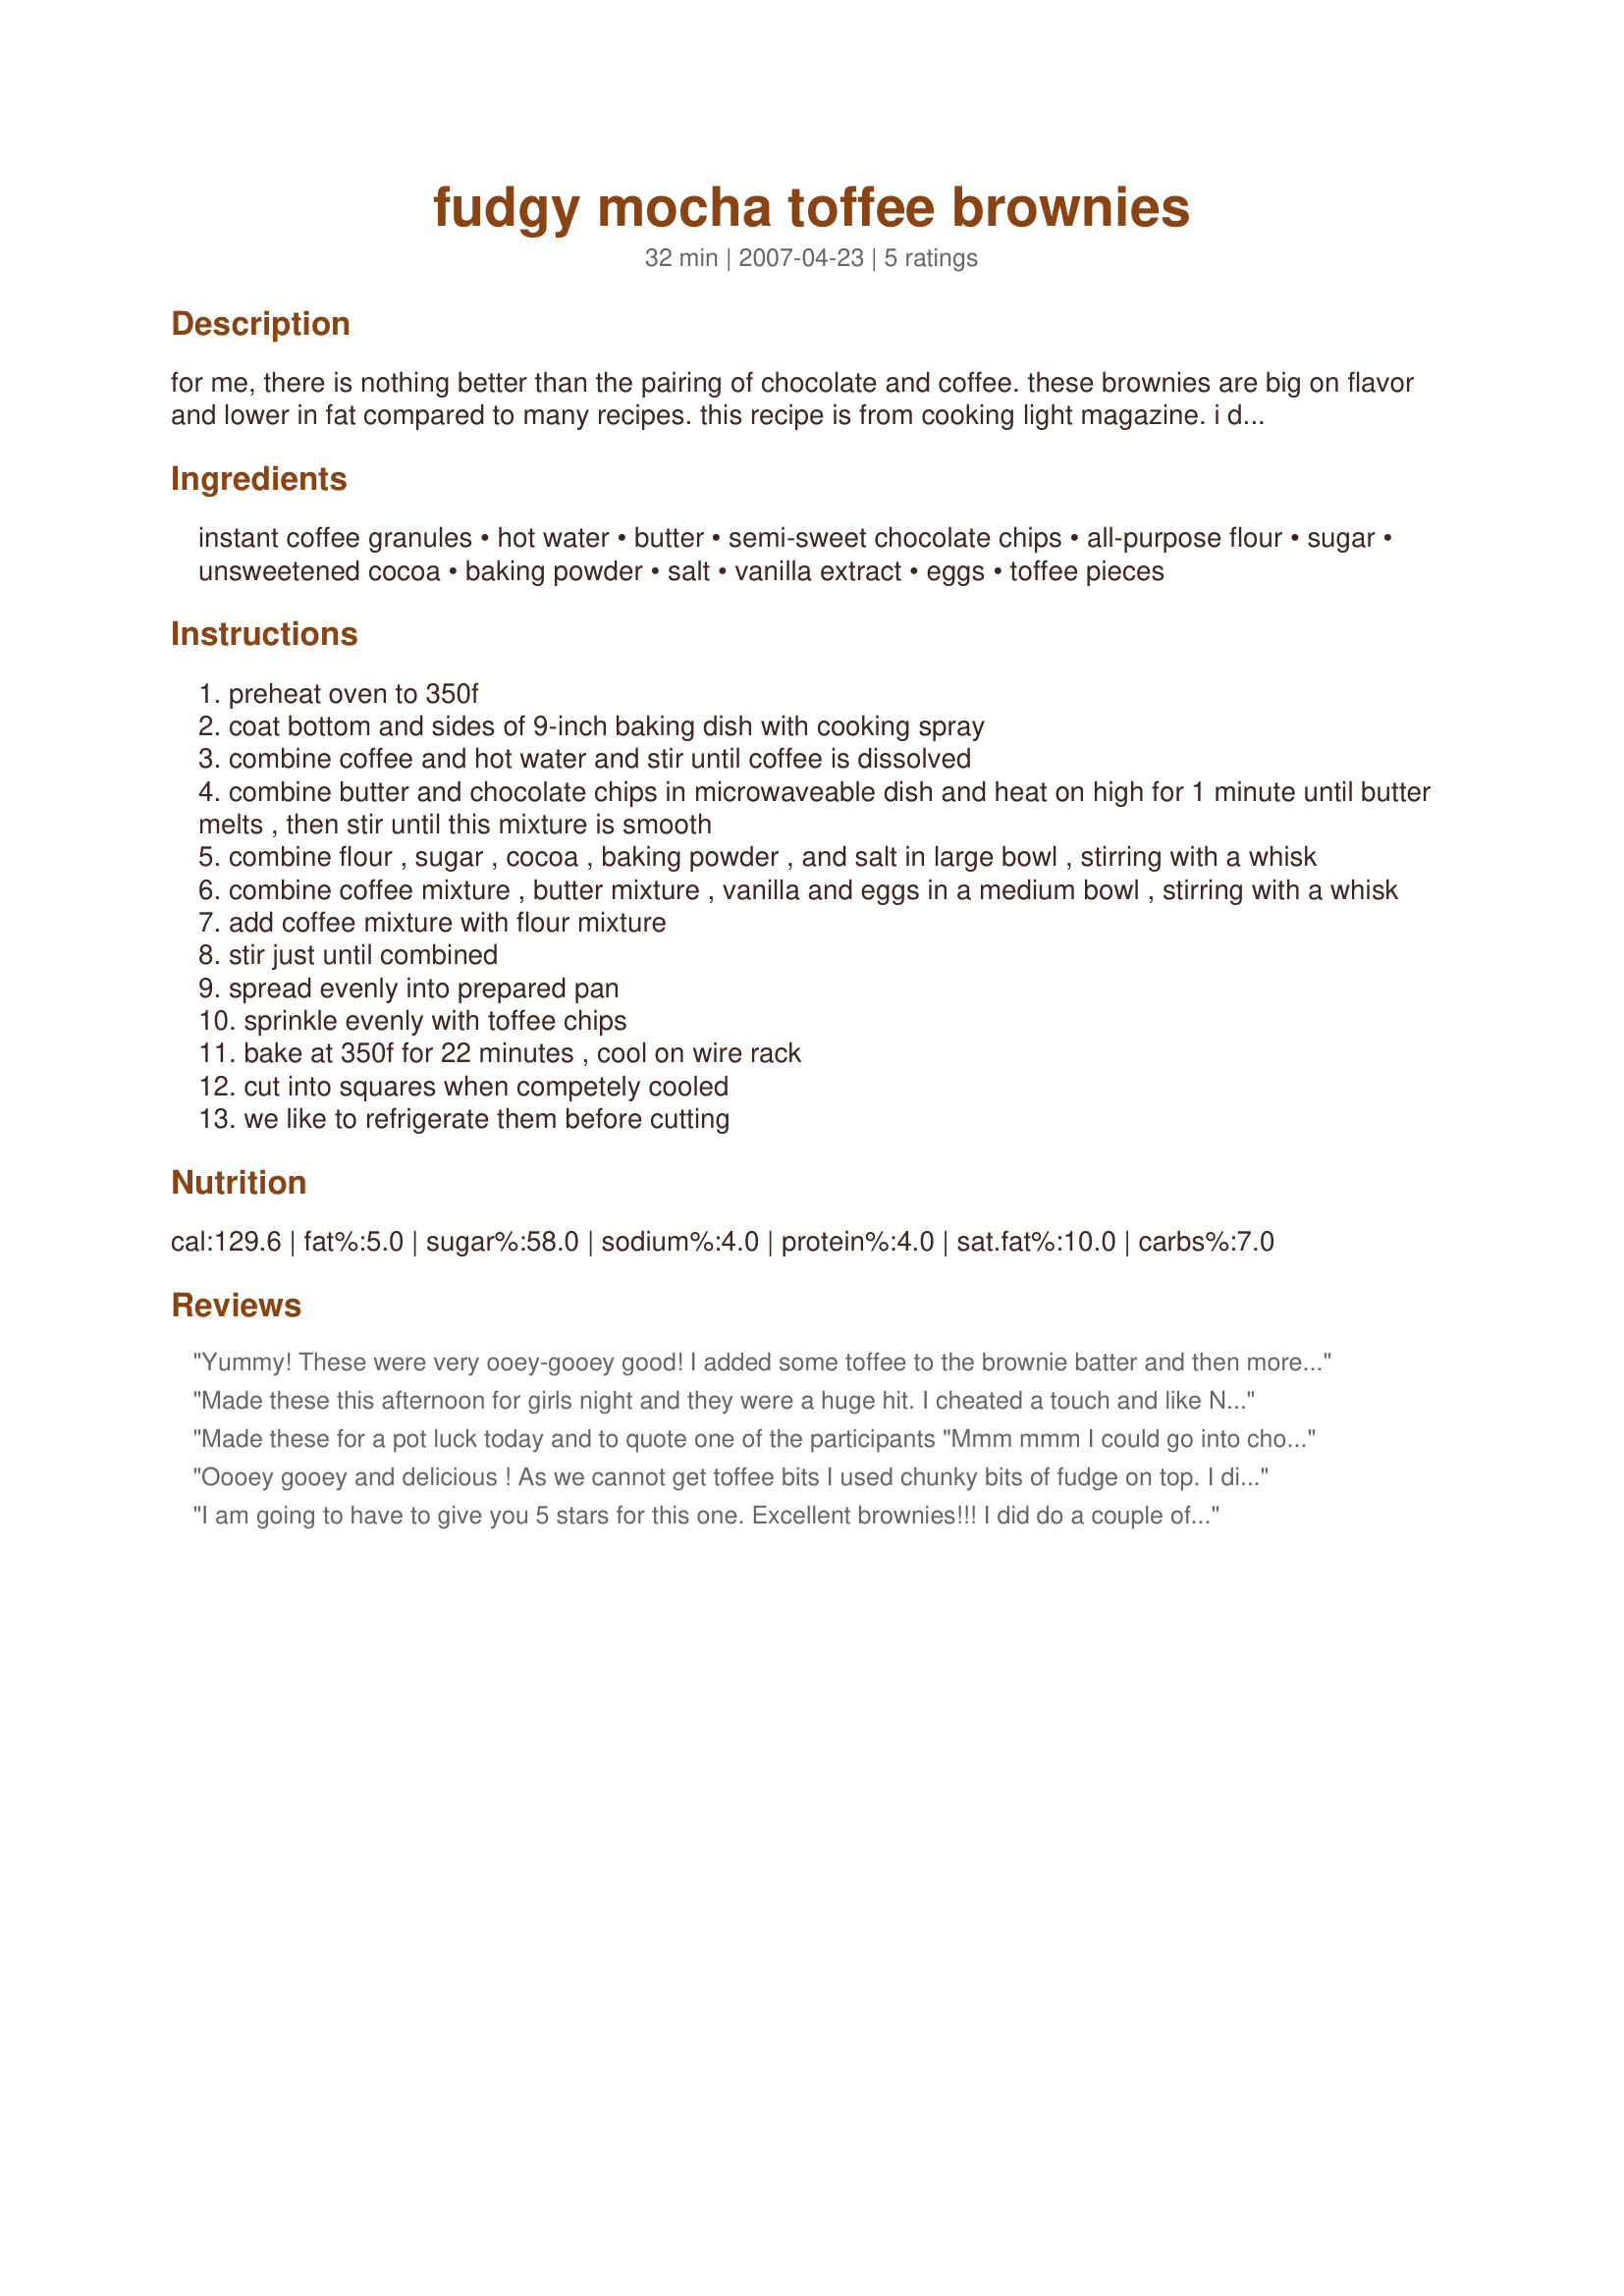
fudgy mocha toffee brownies
Preparation time: 32 minutes

for me, there is nothing better than the pairing of chocolate and coffee. these brownies are big on flavor and lower in fat compared to many recipes. this recipe is from cooking light magazine. i don't know the issue or date.

Ingredients:
instant coffee granules, hot water, butter, semi-sweet chocolate chips, all-purpose flour, sugar, unsweetened cocoa, baking powder, salt, vanilla extract, eggs, toffee pieces

Steps:
preheat oven to 350f
coat bottom and sides of 9-inch baking dish with cooking spray
combine coffee and hot water and stir until coffee is dissolved
combine butter and chocolate chips in microwaveable dish and heat on high for 1 minute until butter melts , then stir until this mixture is smooth
combine flour , sugar , cocoa , baking powder , and salt in large bowl , stirring with a whisk
combine coffee mixture , butter mixture , vanilla and eggs in a medium bowl , stirring with a whisk
add coffee mixture with flour mixture
stir just until combined
spread evenly into prepared pan
sprinkle evenly with toffee chips
bake at 350f for 22 minutes , cool on wire rack
cut into squares when competely cooled
we like to refrigerate them before cutting

Reviews:
Yummy! These were very ooey-gooey good! I added some toffee to the brownie batter and then more on top. This is definitely a large glass of milk brownie! Thanks so much! Made for PAC Fall 2007.
Made these this afternoon for girls night and they were a huge hit. I cheated a touch and like Nonnie4Two I added toffee bits in the batter as well. The girls all loved them.
The only reason for 4 stars instead of 5 is that they were a tad wet for my taste. I tend to like a cakier brownie.
Made these for a pot luck today and to quote one of the participants "Mmm mmm I could go into chocolate over load with these" I made using special dark cocoa powder, whole wheat flour and two crushed Heath Bars for the toffee pieces. Thanks for the post.
Oooey gooey and delicious ! As we cannot get toffee bits I used chunky bits of fudge on top. I did cook them for 10 minutes longer and got a perfect brownie texture.
I am going to have to give you 5 stars for this one. Excellent brownies!!! I did do a couple of things different I used milk chocolate chips and whole wheat flour. I also ended up baking mine for 31 minutes, which turned out to be to long as they got kind of cakey. Next time I will have to follow the recipe and bake them for the time stated 22 minutes. I just always poke mine with a toothpick and if it sticks they are not done, but I think this recipe is meant to fudgy as the title states. We will be making these again. Thanks for the recipe.
